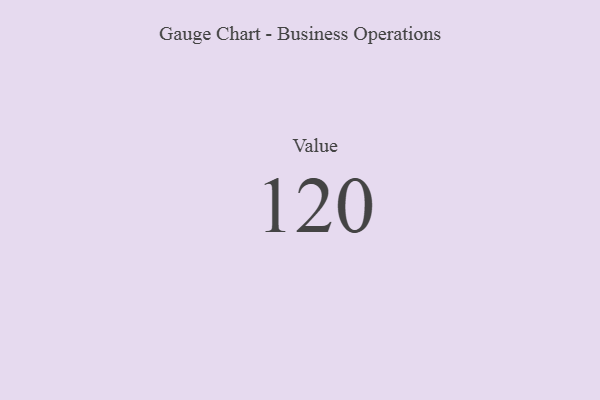
{"axis": {"x": "Metric", "y": "Value"}, "legend": [""], "data": [{"x": "Value", "y": 120, "type": ""}]}